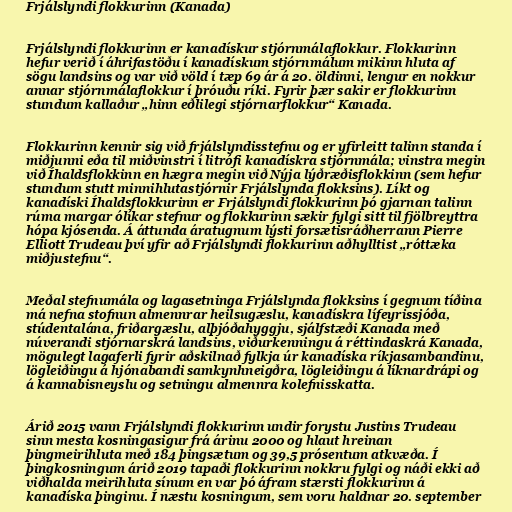
Frjálslyndi flokkurinn (Kanada)

Frjálslyndi flokkurinn er kanadískur stjórnmálaflokkur. Flokkurinn
hefur verið í áhrifastöðu í kanadískum stjórnmálum mikinn hluta af
sögu landsins og var við völd í tæp 69 ár á 20. öldinni, lengur en nokkur
annar stjórnmálaflokkur í þróuðu ríki. Fyrir þær sakir er flokkurinn
stundum kallaður „hinn eðlilegi stjórnarflokkur“ Kanada.

Flokkurinn kennir sig við frjálslyndisstefnu og er yfirleitt talinn standa í
miðjunni eða til miðvinstri í litrófi kanadískra stjórnmála; vinstra megin
við Íhaldsflokkinn en hægra megin við Nýja lýðræðisflokkinn (sem hefur
stundum stutt minnihlutastjórnir Frjálslynda flokksins). Líkt og
kanadíski Íhaldsflokkurinn er Frjálslyndi flokkurinn þó gjarnan talinn
rúma margar ólíkar stefnur og flokkurinn sækir fylgi sitt til fjölbreyttra
hópa kjósenda. Á áttunda áratugnum lýsti forsætisráðherrann Pierre
Elliott Trudeau því yfir að Frjálslyndi flokkurinn aðhylltist „róttæka
miðjustefnu“.

Meðal stefnumála og lagasetninga Frjálslynda flokksins í gegnum tíðina
má nefna stofnun almennrar heilsugæslu, kanadískra lífeyrissjóða,
stúdentalána, friðargæslu, alþjóðahyggju, sjálfstæði Kanada með
núverandi stjórnarskrá landsins, viðurkenningu á réttindaskrá Kanada,
mögulegt lagaferli fyrir aðskilnað fylkja úr kanadíska ríkjasambandinu,
lögleiðingu á hjónabandi samkynhneigðra, lögleiðingu á líknardrápi og
á kannabisneyslu og setningu almennra kolefnisskatta.

Árið 2015 vann Frjálslyndi flokkurinn undir forystu Justins Trudeau
sinn mesta kosningasigur frá árinu 2000 og hlaut hreinan
þingmeirihluta með 184 þingsætum og 39,5 prósentum atkvæða. Í
þingkosningum árið 2019 tapaði flokkurinn nokkru fylgi og náði ekki að
viðhalda meirihluta sínum en var þó áfram stærsti flokkurinn á
kanadíska þinginu. Í næstu kosningum, sem voru haldnar 20. september